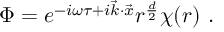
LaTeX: \Phi = e ^ { - i \omega \tau + i \vec { k } \cdot \vec { x } } r ^ { \frac { d } { 2 } } \chi ( r ) \ .